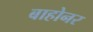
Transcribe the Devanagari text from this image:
बाहोनर